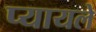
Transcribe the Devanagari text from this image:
प्यायले